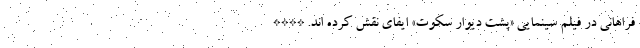
فراهانی در فیلم سینمایی «پشت دیوار سکوت» ایفای نقش کرده اند. ****